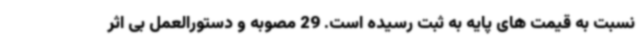
نسبت به قیمت های پایه به ثبت رسیده است. 29 مصوبه و دستورالعمل بی اثر